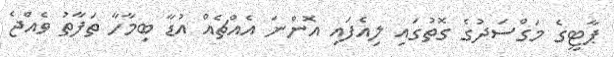
ޕާޓީގެ މަގްސަދުގެ ގޮތުގައި ލިއެފައި އޮންނަ އެއްޗެއް އުޑާ ބިމާހާ ތަފާތު ވެއްޖެ